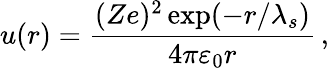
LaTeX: u(r)=\frac{(Ze)^{2}\exp(-r/\lambda_{s})}{4\pi\varepsilon_{0}r}\, ,